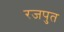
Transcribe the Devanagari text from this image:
रजपुत